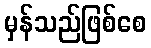
မှန်သည်ဖြစ်စေ